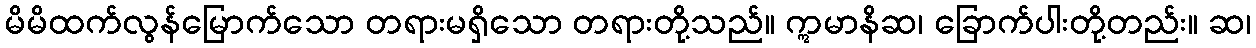
မိမိထက်လွန်မြောက်သော တရားမရှိသော တရားတို့သည်။ ဣမာနိဆ၊ ခြောက်ပါးတို့တည်း။ ဆ၊